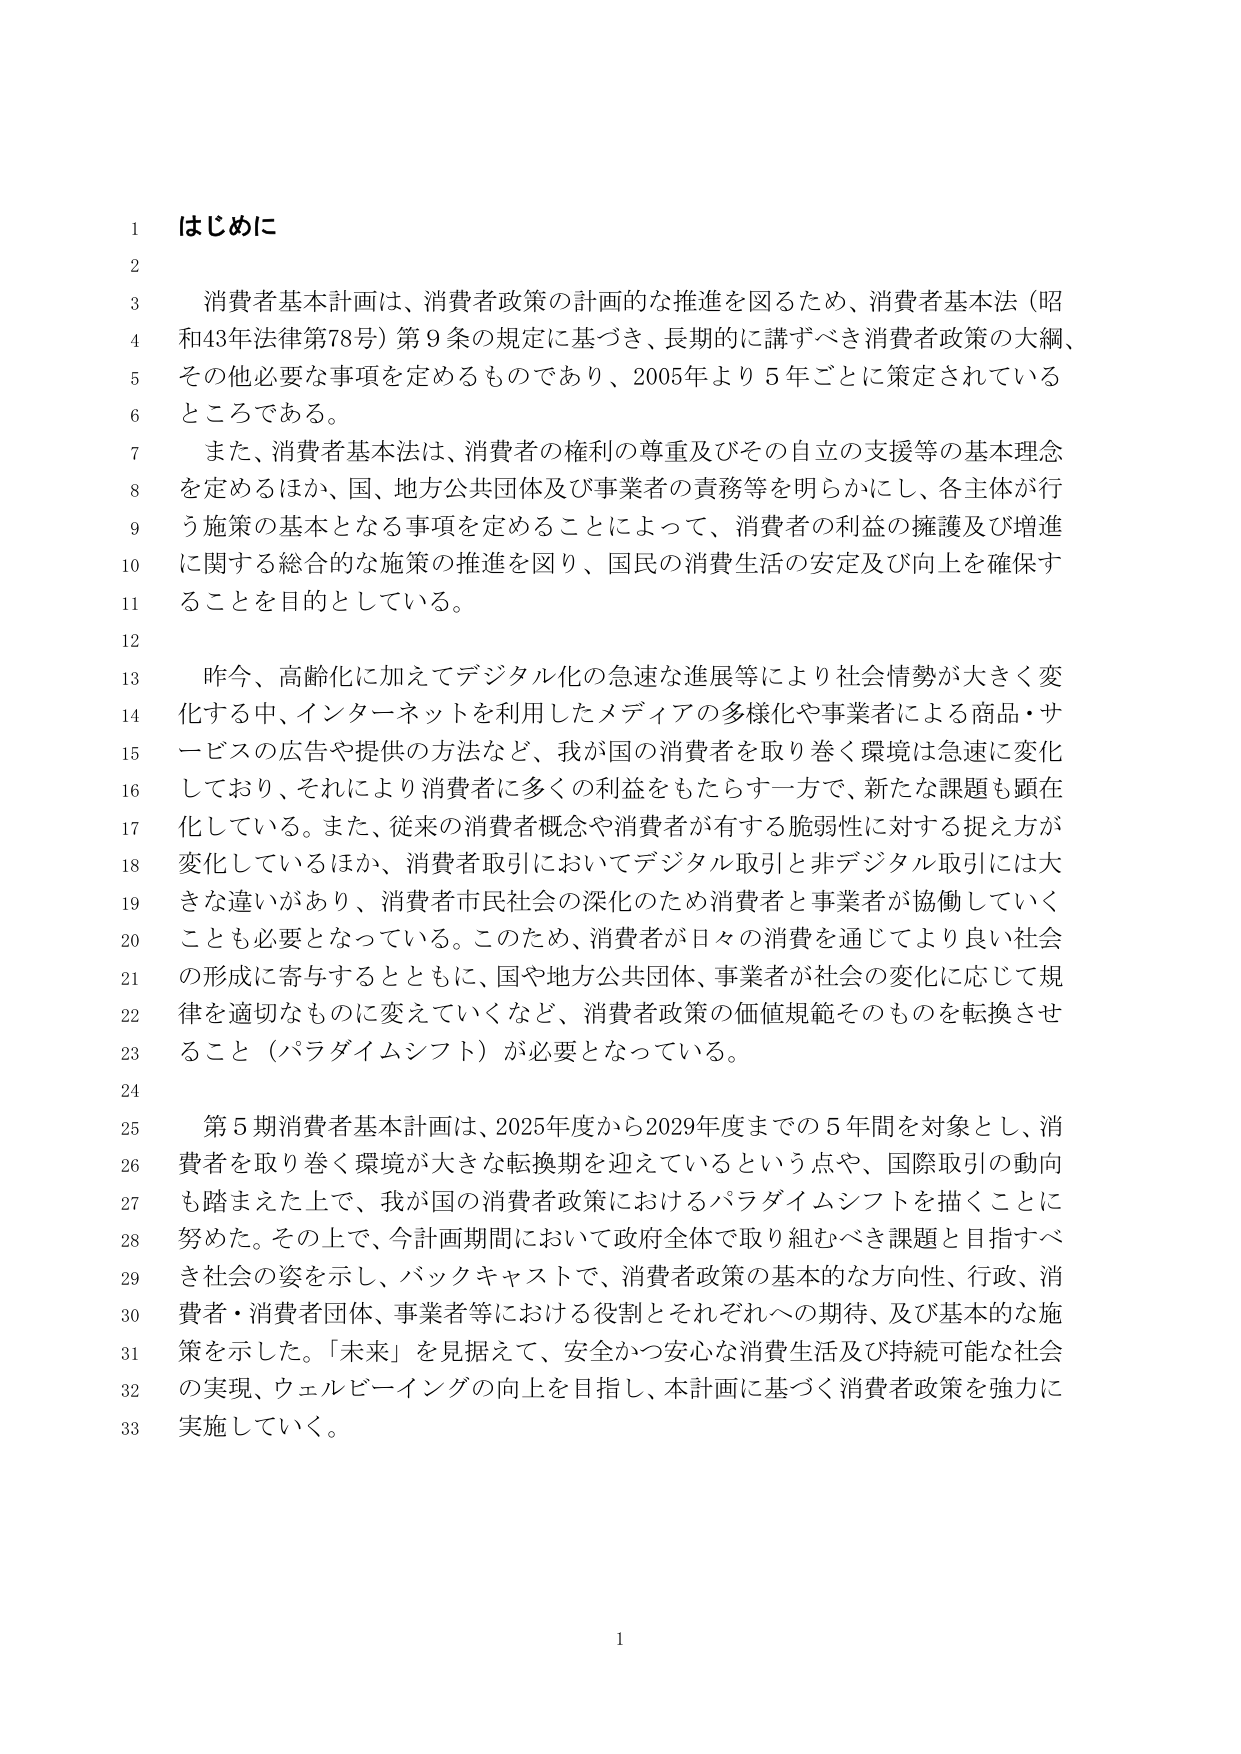
はじめに

消費者基本計画は、消費者政策の計画的な推進を図るため、消費者基本法（昭和43年法律第78号）第9条の規定に基づき、長期的に講ずべき消費者政策の大綱、その他必要な事項を定めるものであり、2005年より5年ごとに策定されているところである。

また、消費者基本法は、消費者の権利の尊重及びその自立の支援等の基本理念を定めるほか、国、地方公共団体及び事業者の責務等を明らかにし、各主体が行う施策の基本となる事項を定めることによって、消費者の利益の擁護及び増進に関する総合的な施策の推進を図り、国民の消費生活の安定及び向上を確保することを目的としている。

昨今、高齢化に加えてデジタル化の急速な進展等により社会情勢が大きく変化する中、インターネットを利用したメディアの多様化や事業者による商品・サービスの広告や提供の方法など、我が国の消費者を取り巻く環境は急速に変化しており、それにより消費者に多くの利益をもたらす一方で、新たな課題も顕在化している。また、従来の消費者概念や消費者が有する脆弱性に対する捉え方が変化しているほか、消費者取引においてデジタル取引と非デジタル取引には大きな違いがあり、消費者市民社会の深化のため消費者と事業者が協働していくことも必要となっている。このため、消費者が日々の消費を通じてより良い社会の形成に寄与するとともに、国や地方公共団体、事業者が社会の変化に応じて規律を適切なものに変えていくなど、消費者政策の価値規範そのものを転換させること（パラダイムシフト）が必要となっている。

第5期消費者基本計画は、2025年度から2029年度までの5年間を対象とし、消費者を取り巻く環境が大きな転換期を迎えているという点や、国際取引の動向も踏まえた上で、我が国の消費者政策におけるパラダイムシフトを描くことに努めた。その上で、今計画期間において政府全体で取り組むべき課題と目指すべき社会の姿を示し、バックキャストで、消費者政策の基本的な方向性、行政、消費者・消費者団体、事業者等における役割とそれぞれへの期待、及び基本的な施策を示した。「未来」を見据えて、安全かつ安心な消費生活及び持続可能な社会の実現、ウェルビーイングの向上を目指し、本計画に基づく消費者政策を強力に実施していく。